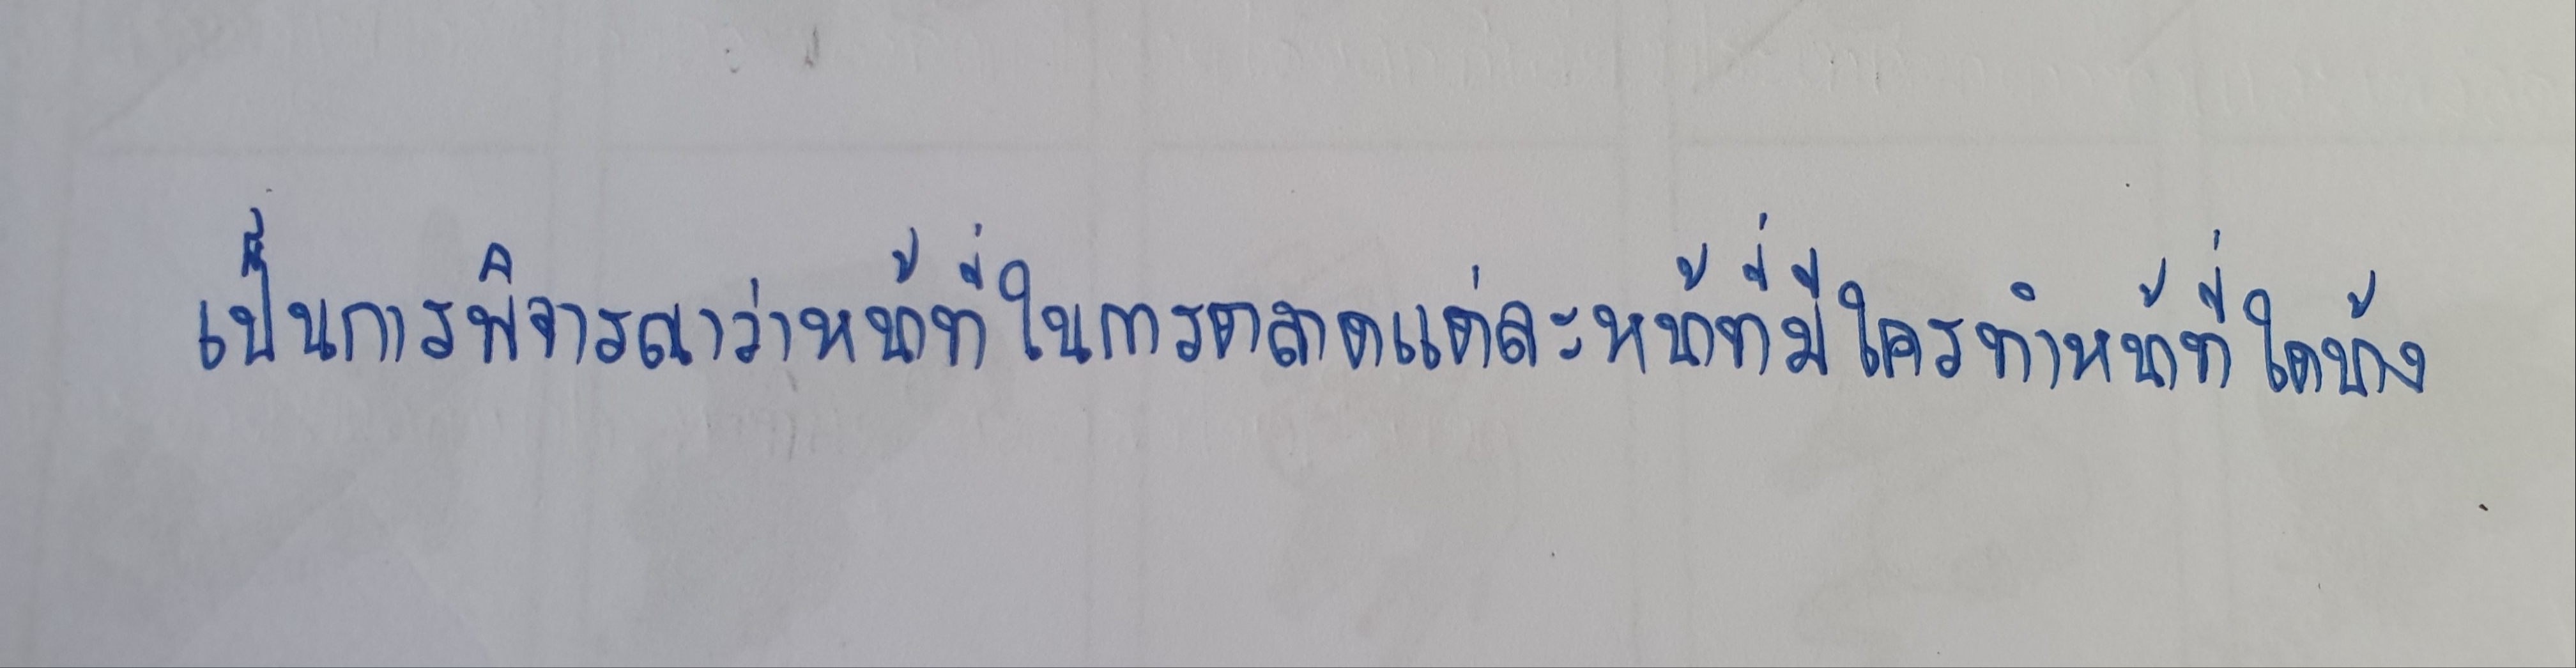
เป็นการพิจารณาว่าหน้าที่ในการตลาดแต่ละหน้าที่มีใครทำหน้าที่ใดบ้าง